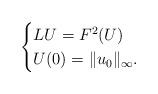
LaTeX: \begin{align*}\begin{cases}LU=F^{2}(U)\\U(0)=\|u_{0}\|_{\infty}.\end{cases}\end{align*}